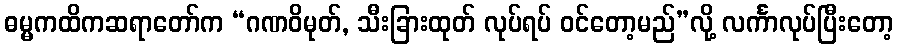
ဓမ္မကထိကဆရာတော်က “ဂဏဝိမုတ်, သီးခြားထုတ် လုပ်ရပ် ဝင်တော့မည်”လို့ လင်္ကာလုပ်ပြီးတော့